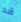
قد